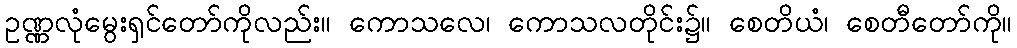
ဥဏ္ဏလုံမွေးရှင်တော်ကိုလည်း။ ကောသလေ၊ ကောသလတိုင်း၌။ စေတိယံ၊ စေတီတော်ကို။